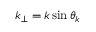
k _ { \perp } = k \sin \theta _ { k }